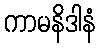
ကာမနိဒါနံ